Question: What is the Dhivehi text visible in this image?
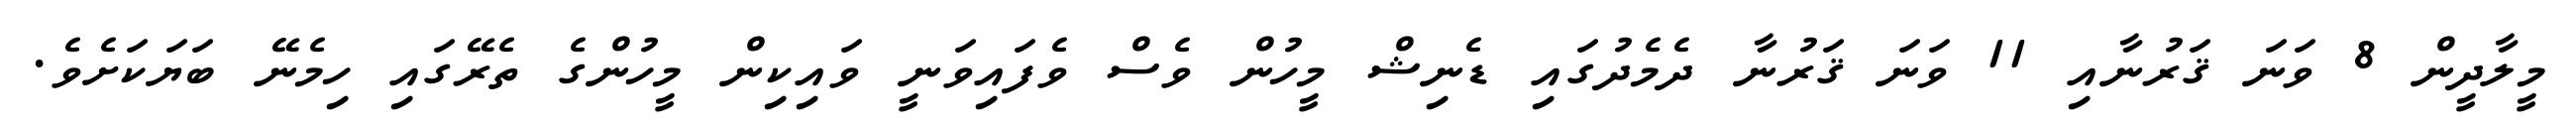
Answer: މީލާދީން 8 ވަނަ ޤަރުނާއި 11 ވަނަ ޤަރުނާ ދެމެދުގައި ޑެނިޝް މީހުން ވެސް ވެފައިވަނީ ވައިކިން މީހުންގެ ތެރޭގައި ހިމެނޭ ބަޔަކަށެވެ.